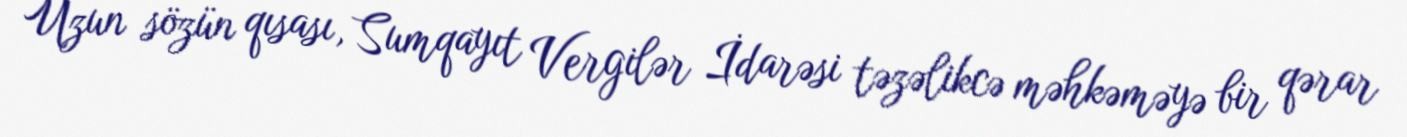
Uzun sözün qısası, Sumqayıt Vergilər İdarəsi təzəlikcə məhkəməyə bir qərar